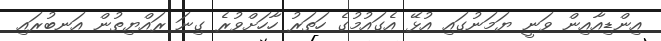
އިންޑިއާއިން ވަނީ ޔަމަނުގައި އުޅޭ އެގައުމުގެ ހަތަރު ހާހަށްވުރެ ގިނަ ރައްޔިތުން އަނބުރައި